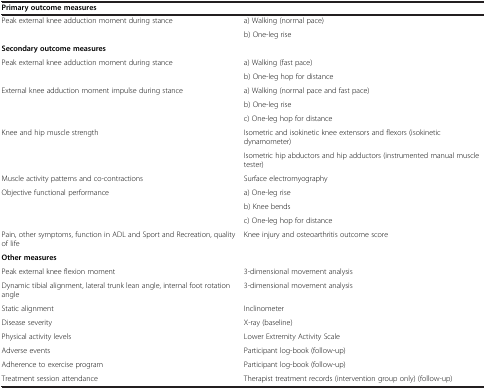
| Primary outcome measures |  |
 | --- | --- |
 | Peak external knee adduction moment during stance | a) Walking (normal pace) |
 |  | b) One-leg rise |
 | Secondary outcome measures |  |
 | Peak external knee adduction moment during stance | a) Walking (fast pace) |
 |  | b) One-leg hop for distance |
 | External knee adduction moment impulse during stance | a) Walking (normal pace and fast pace) |
 |  | b) One-leg rise |
 |  | c) One-leg hop for distance |
 | Knee and hip muscle strength | Isometric and isokinetic knee extensors and flexors (isokinetic dynamometer) |
 |  | Isometric hip abductors and hip adductors (instrumented manual muscle tester) |
 | Muscle activity patterns and co-contractions | Surface electromyography |
 | Objective functional performance | a) One-leg rise |
 |  | b) Knee bends |
 |  | c) One-leg hop for distance |
 | Pain, other symptoms, function in ADL and Sport and Recreation, quality of life | Knee injury and osteoarthritis outcome score |
 | Other measures |  |
 | Peak external knee flexion moment | 3-dimensional movement analysis |
 | Dynamic tibial alignment, lateral trunk lean angle, internal foot rotation angle | 3-dimensional movement analysis |
 | Static alignment | Inclinometer |
 | Disease severity | X-ray (baseline) |
 | Physical activity levels | Lower Extremity Activity Scale |
 | Adverse events | Participant log-book (follow-up) |
 | Adherence to exercise program | Participant log-book (follow-up) |
 | Treatment session attendance | Therapist treatment records (intervention group only) (follow-up) |